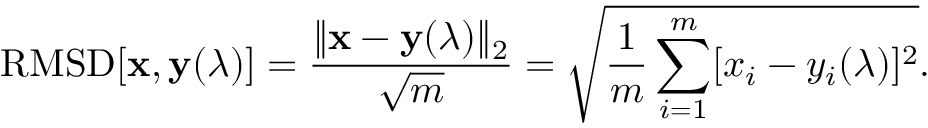
\mathrm { R M S D } [ \mathbf { x } , \mathbf { y } ( \boldsymbol { \lambda } ) ] = \frac { \| \mathbf { x } - \mathbf { y } ( \boldsymbol { \lambda } ) \| _ { 2 } } { \sqrt { m } } = \sqrt { \frac { 1 } { m } \sum _ { i = 1 } ^ { m } [ x _ { i } - y _ { i } ( \boldsymbol { \lambda } ) ] ^ { 2 } } .